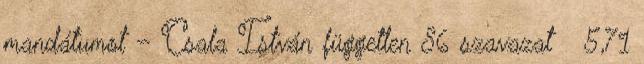
mandátumot – Csala István független 86 szavazat 5,71